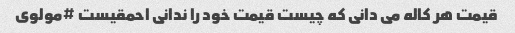
قیمت هر کاله می دانی که چیست قیمت خود را ندانی احمقیست #مولوی